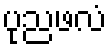
ပုညဖလံ